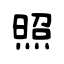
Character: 照